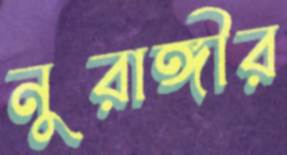
নুরাঙ্গীর